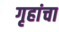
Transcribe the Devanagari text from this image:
गृहांचा